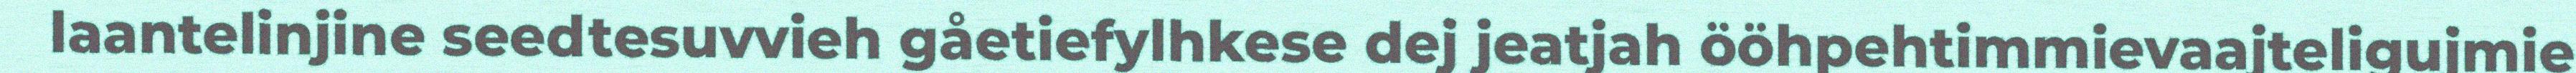
laantelinjine seedtesuvvieh gåetiefylhkese dej jeatjah ööhpehtimmievaajteligujmie